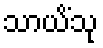
သာယိံသု